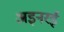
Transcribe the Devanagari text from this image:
अइनरई